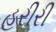
હરીરી